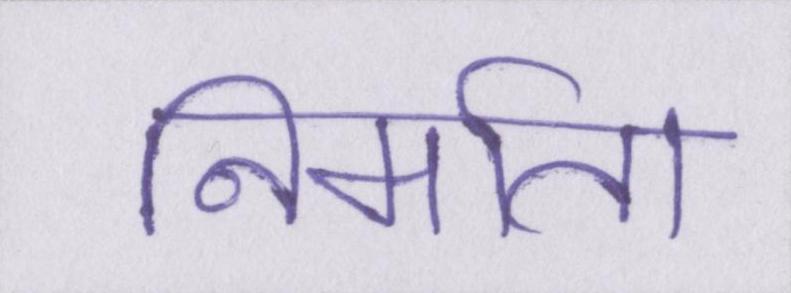
निर्माता